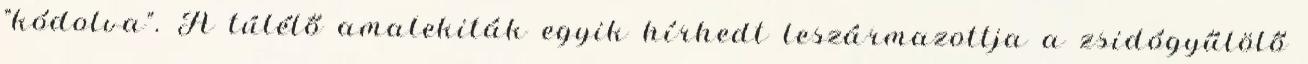
"kódolva". A túlélő amalekiták egyik hírhedt leszármazottja a zsidógyűlölő